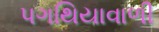
પગથિયાવાળી